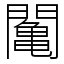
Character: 䦰